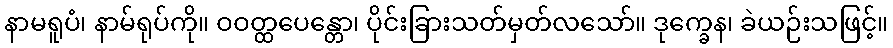
နာမရူပံ၊ နာမ်ရုပ်ကို။ ဝဝတ္ထပေန္တော၊ ပိုင်းခြားသတ်မှတ်လသော်။ ဒုက္ခေန၊ ခဲယဉ်းသဖြင့်။